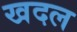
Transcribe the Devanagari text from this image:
खदल